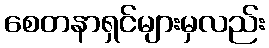
စေတနာရှင်များမှလည်း